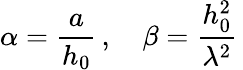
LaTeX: \alpha=\frac{a}{h_{0}}\, ,\quad\beta=\frac{h_{0}^{2}}{\lambda^{2}}\,